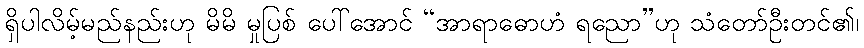
ရှိပါလိမ့်မည်နည်းဟု မိမိ မှုပြစ် ပေါ်အောင် “အာရာဓောဟံ ရညော”ဟု သံတော်ဦးတင်၏၊